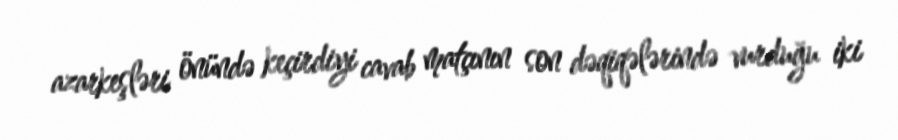
azarkeşləri önündə keçirdiyi cavab matçının son dəqiqələrində vurduğu iki